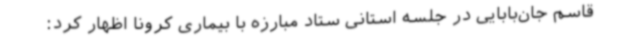
قاسم جان‌بابایی در جلسه استانی ستاد مبارزه با بیماری کرونا اظهار کرد: